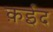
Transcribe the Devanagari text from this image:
क़ईद